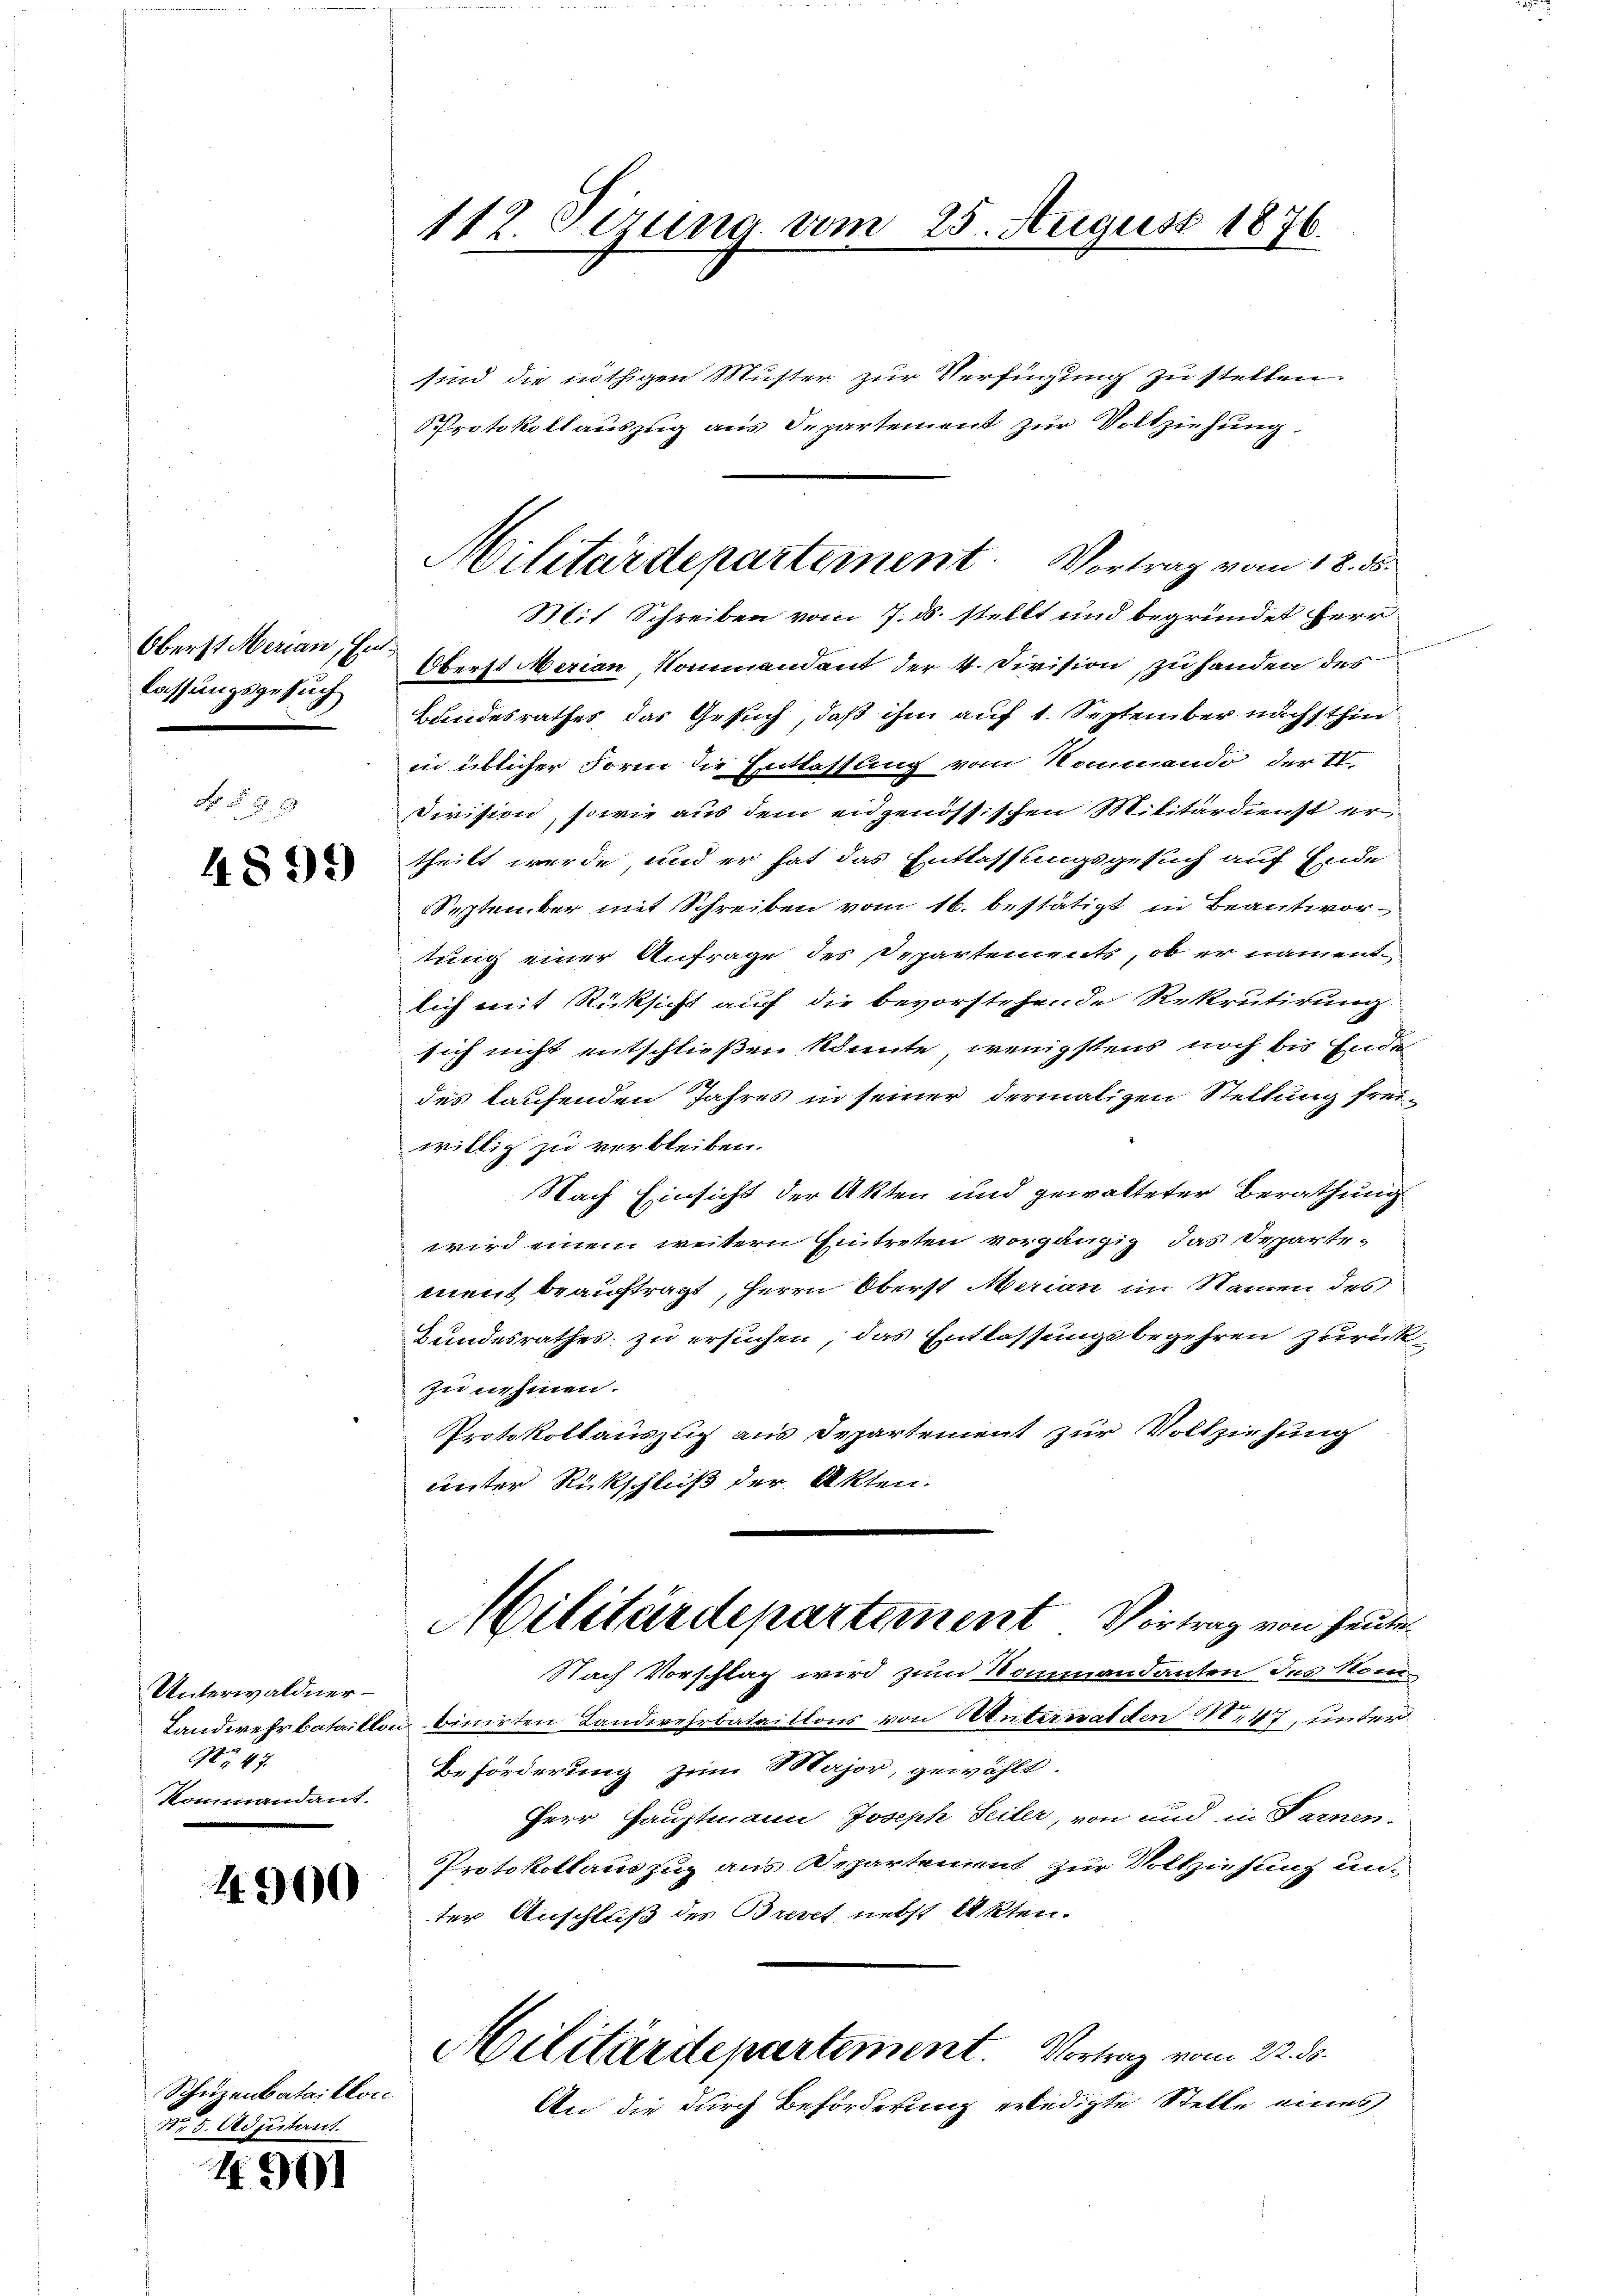
Oberst Merian, Einlassungsgesuch
N 52 x

4899

Unterwaldner
A 47.
Kommandant.

4900

Schurenbataillon
n 8. Adjutant

490)

112. Oezung vom 25. August 1876.

sind die nöthigen Muster zur Verfügung zu stellen.
Protokollauszug aus Departement zur Vollziehung.
Oberst Merian, kommendant der 4. Division zu handen des
Bandesrathes das Gesuch, daß ihm auf 1. September nachsthin
in üblicher Form die Entlassung vom Kommando der IV.
Division, sowie aus dem eidgenössischen Militärdienst ertheilt werde, und er hat das Entlassungsgesuch auf Ende
September mit Schreiben vom 16. bestätigt in Beantwortung einer Anfrage des Departements, ob er nament
lich mit Rücksicht auch die bevorstehende Rekrutirung
sich nicht entschließen könnte, wenigstens noch bis Ende
des laufenden Jahres in seiner dermaligen Stellung frei
willig zu verbleiben.
Nach Einsicht der Akten und gewalteter Berathung
wird einem weitern Eintreten vorgängig das Departement beauftragt, Herrn Oberst Merian im Namen des
Bundesrathes zu ersuchen, das Entlassungsbegehren zurück
zu nehmen.
Protokollauszug aus Departement zur Vollziehung
unter Rückschluß der Akten.
Militärdepartement Vortrag von heute
Nach Vorschlag wird zum Kommandanten des Nom-
Landwehrbataillon binirten Landwehrbataillons von Unterwalden N. 47, unter
Beförderung zum Major, gewählt.
Herr Hauptmann Joseph Seiter, von und in Farnen.
Protokollauszug aus Departenant zur Vollziehung unter Anschluß des Brevet nebst Akten.
Militärdepartement. Vortrag vom 22. ds.
An die durch Beförderung erledigte Stelle eines

Militärdepartement. Vortrag vom 18. 355.
Mit Schreiben vom 7. ds. stellt und begründet herr